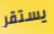
يستقر